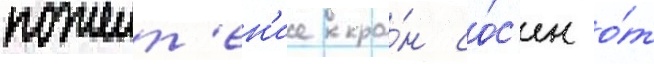
пожелт'ен'ие кро́н со́с'ен о́т